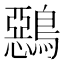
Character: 𪅴